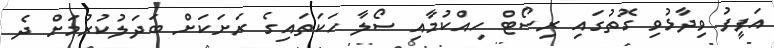
އަފީފު ވިދާޅުވި ގޮތުގައި ރިސޯޓް ހިއްކުމާއި ސޯލާ ހަކަތައިގެ ރަށަކަށް ބަދަލުކުރުމަށް ދެ